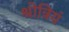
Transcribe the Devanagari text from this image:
श्रोत्रियं